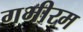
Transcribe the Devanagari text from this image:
गभीरम